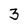
Character: 3